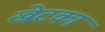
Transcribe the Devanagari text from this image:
खेटका